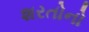
શરતોનો